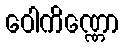
ဝေါကိဏ္ဏော